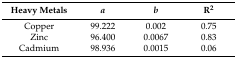
<table><thead><tr><td><b>Heavy Metals</b></td><td><b><i>a</i></b></td><td><b><i>b</i></b></td><td><b>R<sup>2</sup></b></td></tr></thead><tbody><tr><td>Copper</td><td>99.222</td><td>0.002</td><td>0.75</td></tr><tr><td>Zinc</td><td>96.400</td><td>0.0067</td><td>0.83</td></tr><tr><td>Cadmium</td><td>98.936</td><td>0.0015</td><td>0.06</td></tr></tbody></table>